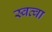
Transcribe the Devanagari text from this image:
स्वत्वा